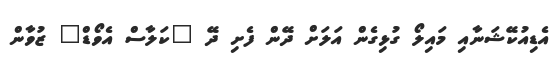
އެޑިއުކޭޝަނާއި މައިލޯ ގުޅިގެން އަލަށް ދޭން ފެށި ދޭ "ކަލާސް އެވޯޑް" ޒުވާން